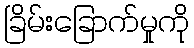
ခြိမ်းခြောက်မှုကို